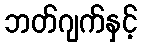
ဘတ်ဂျက်နှင့်